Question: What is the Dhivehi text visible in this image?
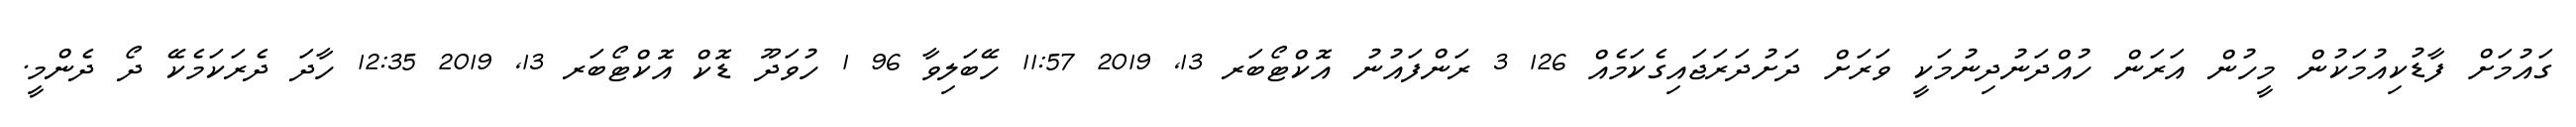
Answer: ގައުމަށް ފާޑުކިއުމަކުން މީހުން އަރަން ހުއްދަނުދިނުމަކީ ވަރަށް ދަށުދަރަޖައިގެކަމެއް 126 3 ރަންފައުނު އޮކްޓޯބަރ 13, 2019 11:57 ހޭބަލިވާ 96 1 ހުވަދޫ ޑޮކް އޮކްޓޯބަރ 13, 2019 12:35 ހާދަ ދެރަކަމެކޭ ދޯ ދެންމީ.